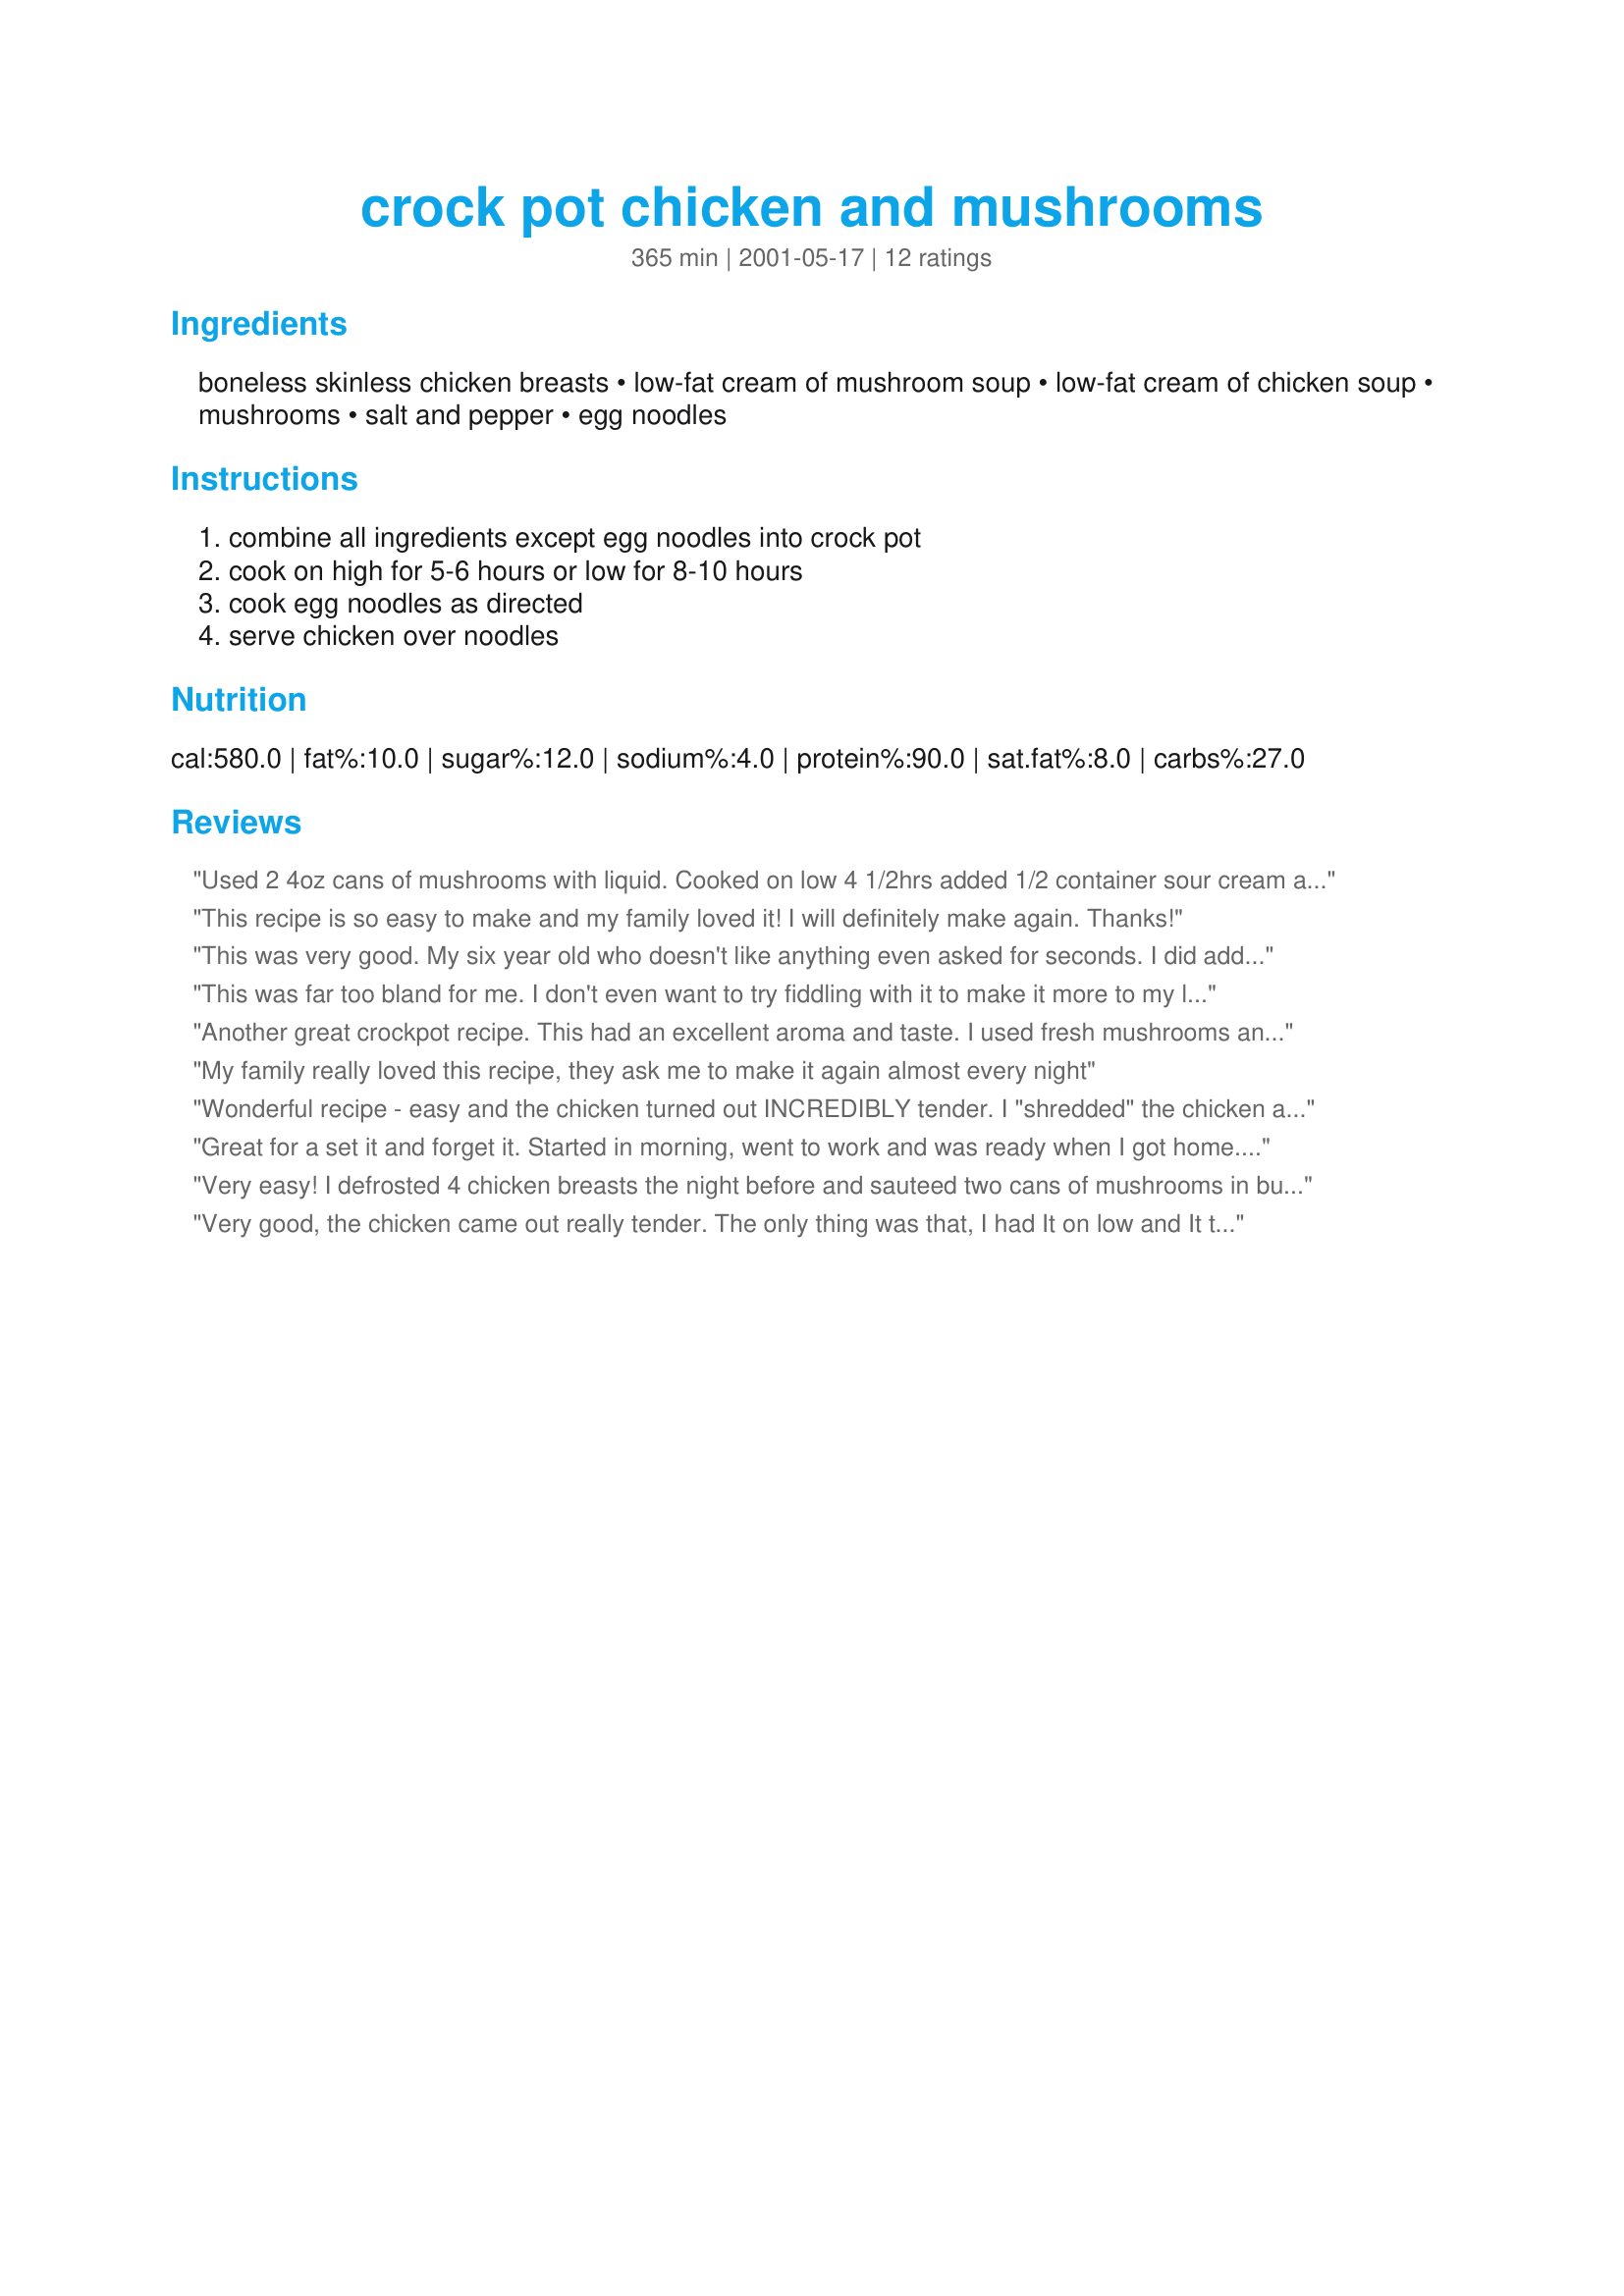
crock pot chicken and mushrooms
Preparation time: 365 minutes

Ingredients:
boneless skinless chicken breasts, low-fat cream of mushroom soup, low-fat cream of chicken soup, mushrooms, salt and pepper, egg noodles

Steps:
combine all ingredients except egg noodles into crock pot, cook on high for 5-6 hours or low for 8-10 hours, cook egg noodles as directed, serve chicken over noodles

Reviews:
Used 2 4oz cans of mushrooms with liquid. Cooked on low 4 1/2hrs added 1/2 container sour cream and cooked for 30 min. more. Very GOOD and EASY!!! DD wants to have this tomorrow too. Served with egg noodles, sweet corn and crusty bread. Made a wonderful dinner minus the work!! Thanks, this will go in my favorites file.


 


This recipe is so easy to make and my family loved it! I will definitely make again. Thanks!
This was very good. My six year old who doesn't like anything even asked for seconds. I did add 1 cup of sour cream. I thought it was in the orginal recipe, but when I reread it to prepare it wasn't there. I made a special trip to the store to get, so I decided to use it anyway. I'm glad I did. It gave the sauce a very rich flavor.
This was far too bland for me. I don't even want to try fiddling with it to make it more to my liking. I threw half of it away, though adding some garlic powder to the leftovers I did eat helped some...
 Another great crockpot recipe. This had an excellent aroma and taste. I used fresh mushrooms and just added them after about five hours. It makes great leftovers and is as good over rice as noodles. Great gravy! Thanks.
My family really loved this recipe, they ask me to make it again almost every night
Wonderful recipe - easy and the chicken turned out INCREDIBLY tender.

I "shredded" the chicken at the end by "mashing" it with a potato masher. My niece and nephew LOVED this and couldn't get enough.

I added at least a cup of sourcream near the end, as well as garlic powder, salt and spices to taste. YUMMY.
Great for a set it and forget it.
Started in morning, went to work and was ready when I got home.Leftover gravy tastes great with egg noodles
Very easy! I defrosted 4 chicken breasts the night before and sauteed two cans of mushrooms in butter and garlic powder for 5 minutes. I used two cans of cream of mushroom and one can of cream of chicken (what I had on hand) and mixed those together in a bowl with some garlic, pepper, seasoned salt, and white wine. Then I added the mushrooms and mixed those in to the soup mixture. I placed the chicken in the bottom of the crockpot and poured the soup over it, and then placed the dish in the refrigerator. In the morning, I took it out for a few minutes to take the chill off, turned it on low, and it was perfect when I got home. Everyone loved it! A great workday dish!
Very good, the chicken came out really tender. The only thing was that, I had It on low and It took less than 8 hours to cook.
Very easy and tasty.Chicken just fell apart- very moist. I served this over wild rice instead of the egg noodles. The next day, I shredded the chicken and put it on toast, covered it all with the leftover gravey and was just as enjoyable. Thanks!
My family couldn't get enough of this recipe. Both of my kids had seconds! I used two cans of cream of mushroom and one can of cream of chicken instead because that's what I had on hand and it still turned out wonderful. The chicken was soooo tender. This has become one of my families favorites!
